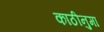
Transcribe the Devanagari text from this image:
काठीनुमा